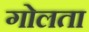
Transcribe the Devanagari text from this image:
गोलता